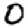
Digit: 0